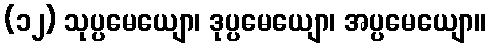
(၁၂) သုပ္ပမေယျော၊ ဒုပ္ပမေယျော၊ အပ္ပမေယျော။